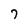
Character: 7